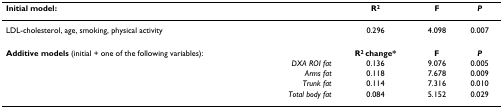
<table><thead><tr><td><b>Initial model:</b></td><td><b>R<sup>2</sup></b></td><td><b>F</b></td><td><b><i>P</i></b></td></tr></thead><tbody><tr><td>LDL-cholesterol, age, smoking, physical activity</td><td>0.296</td><td>4.098</td><td>0.007</td></tr><tr><td><b>Additive models </b>(initial + one of the following variables):</td><td><b>R<sup>2 </sup>change*</b></td><td><b>F</b></td><td><b><i>P</i></b></td></tr><tr><td><i>DXA ROI fat</i></td><td>0.136</td><td>9.076</td><td>0.005</td></tr><tr><td><i>Arms fat</i></td><td>0.118</td><td>7.678</td><td>0.009</td></tr><tr><td><i>Trunk fat</i></td><td>0.114</td><td>7.316</td><td>0.010</td></tr><tr><td><i>Total body fat</i></td><td>0.084</td><td>5.152</td><td>0.029</td></tr></tbody></table>